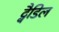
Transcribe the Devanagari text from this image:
ट्वैडिल